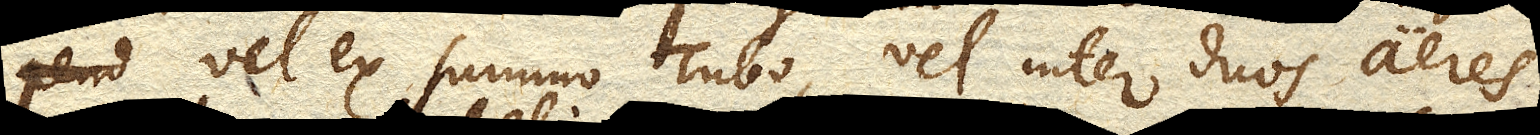
vel ex summo Tubo, vel inter duos aeres